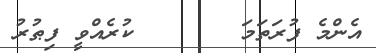
އެންމެ ފުރަތަމަ       ކުރެއްވީ ފިޠުރު